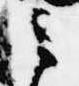
之